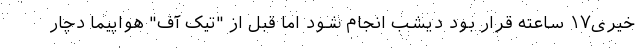
خیری۱۷ ساعته قرار بود دیشب انجام شود اما قبل از "تیک آف" هواپیما دچار